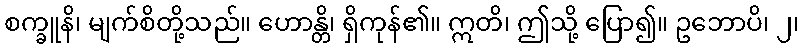
စက္ခူနိ၊ မျက်စိတို့သည်။ ဟောန္တိ၊ ရှိကုန်၏။ ဣတိ၊ ဤသို့ ပြော၍။ ဥဘောပိ၊ ၂၊